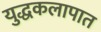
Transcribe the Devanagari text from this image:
युद्धकलापात